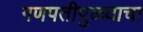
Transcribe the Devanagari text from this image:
गणपतीपुळ्याचा